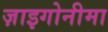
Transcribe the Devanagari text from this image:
ज़ाइगोनीमा